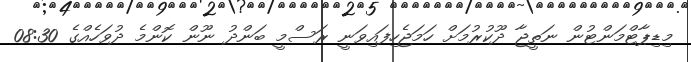
މިޑިޕާޓްމަންޓުން ނަތީޖާ ދޫކުރުމަށް ހަމަޖެހިފައިވަނީ ރަސްމީ ބަންދު ނޫން ކޮންމެ ދުވަހެއްގެ 08:30